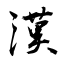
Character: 漢